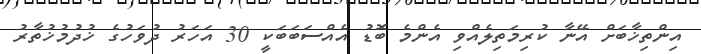
އިންތިޚާބަށް އޭނާ ކުރިމަތިލެއްވި އެންމެ ބޮޑު އެއްސަބަބަކީ 30 އަހަރު ދުވަހުގެ ޚުދުމުޚުތާރު